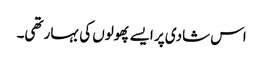
اس شادی پر ایسے پھولوں کی بہار تھی۔